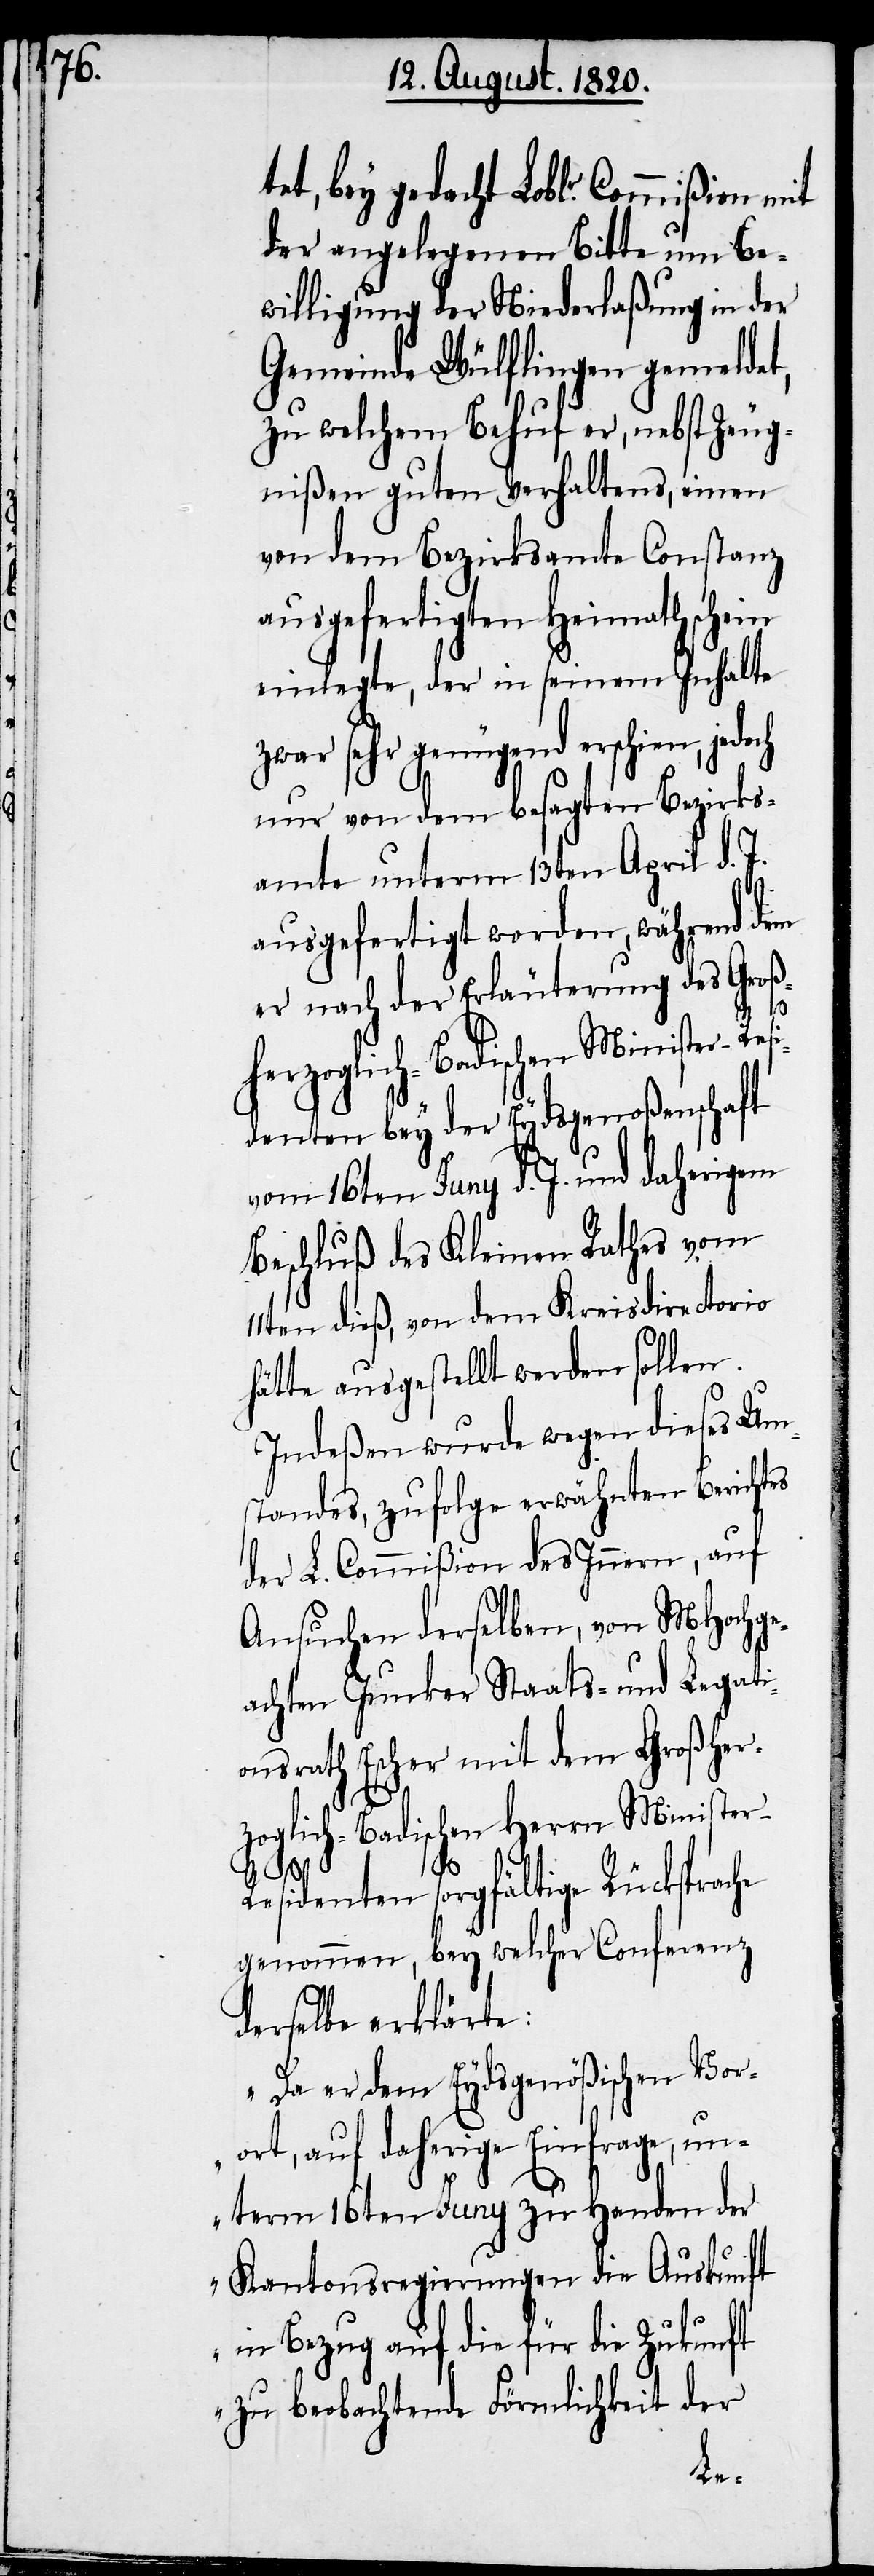
der angelegenen Bitte um Be¬
willigung der Niederlaßung in der
Gemeinde Wülflingen gemeldet,
zu welchem Behuf er, nebst Zeug¬
nißen guten Verhaltens, einen
von dem Bezirksamte Constanz
ausgefertigten Heimathschein
einlegte, der in seinem Inhalte
zwar sehr genügend erschien, jedoch
nur von dem besagten Bezirks¬
amte unterm 13ten April d. J.
ausgefertigt worden, während dem
er nach der Erläuterung des Groß¬
si¬
herzoglich-Badischen Minister-Re¬
denten bey der Eydsgenoßenschaft
vom 16ten Juny d. J. und daherigem
Beschluß des Kleinen Rathes vom
11ten dieß, von dem Kreisdirectorio
hätte ausgestellt werden sollen.
Indeßen wurde wegen dieses Um¬
standes, zufolge erwähnten Berichtes
der L. Commißion des Innern, auf
Ansuchen derselben, von MHochge¬
achten Junker Staats- und Legati¬
onsrath Escher mit dem Großher¬
zoglich-Badischen Herrn Ministe¬
r-Residenten sorgfältige Rücksprache
genommen, bey welcher Conferenz
derselbe erklärte:
„Da er dem Eydsgenößischen Vor¬
ort, auf daherige Einfrage, un¬
term 16ten Juny zu Handen der
Kantonsregierungen die Auskunft
in Bezug auf die für die Zukunft
zu beobachtende Förmlichkeit der
bey